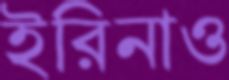
ইরিনাও